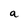
Character: a